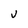
Character: U